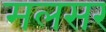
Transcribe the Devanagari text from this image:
मलसर